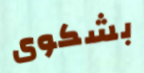
بشكوى